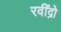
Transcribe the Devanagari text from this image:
रवींद्रो